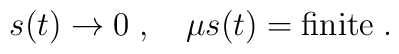
s(t)\to 0\; ,\quad \mu s(t)=\mbox{finite}\; .